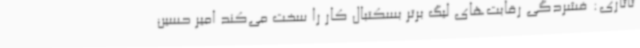
تاتاری: فشردگی رقابت‌های لیگ برتر بسکتبال کار را سخت می‌کند امیر حسین